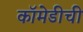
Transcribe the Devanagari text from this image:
कॉमेडीची